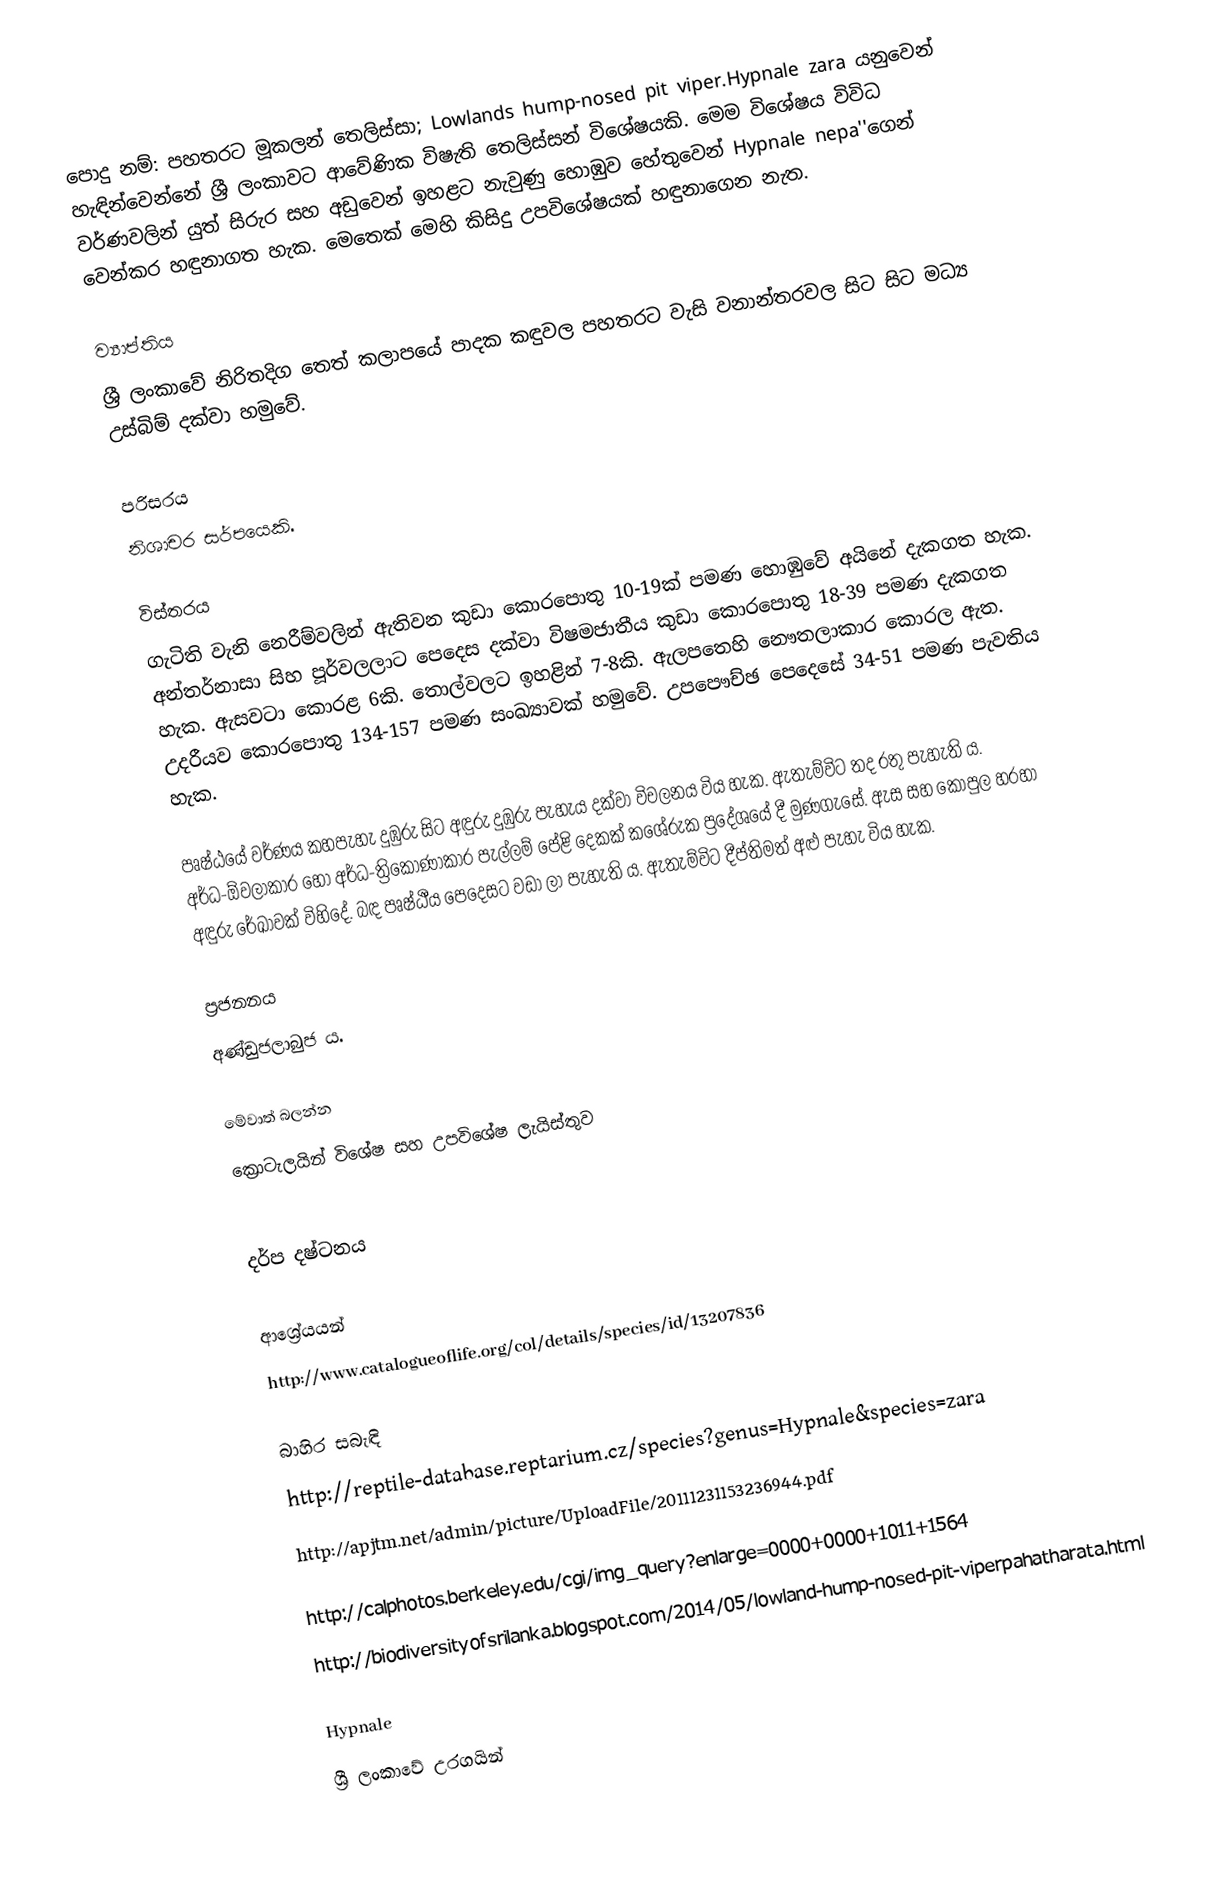
පොදු නම්: පහතරට මූකලන් තෙලිස්සා; Lowlands hump-nosed pit viper.Hypnale zara යනුවෙන් හැඳින්වෙන්නේ ශ්‍රී ලංකාවට ආවේණික විෂැති තෙලිස්සන් විශේෂයකි. මෙම විශේෂය විවිධ වර්ණවලින් යුත් සිරුර සහ අඩුවෙන් ඉහළට නැවුණු හොඹුව හේතුවෙන් Hypnale nepa''ගෙන් වෙන්කර හඳුනාගත හැක. මෙතෙක් මෙහි කිසිදු උපවිශේෂයක් හඳුනාගෙන නැත.

ව්‍යාප්තිය
ශ්‍රී ලංකාවේ නිරිතදිග තෙත් කලාපයේ පාදක කඳුවල පහතරට වැසි වනාන්තරවල සිට සිට මධ්‍ය උස්බිම් දක්වා හමුවේ‍.

පරිසරය
නිශාචර සර්පයෙකි.

විස්තරය
ගැටිති වැනි නෙරීම්වලින් ඇතිවන කුඩා කොරපොතු 10-19ක් පමණ හොඹුවේ අයිනේ දැකගත හැක. අන්තර්නාසා සිහ පූර්වලලාට පෙදෙස දක්වා විෂමජාතීය කුඩා කොරපොතු 18-39 පමණ දැකගත හැක. ඇසවටා කොරළ 6කි. තොල්වලට ඉහළින් 7-8කි. ඇලපතෙහි නෞතලාකාර කොරල ඇත. උදරීයව කොරපොතු 134-157 පමණ සංඛ්‍යාවක් හමුවේ. උපපෞච්ඡ පෙදෙසේ 34-51 පමණ පැවතිය හැක.

පෘෂ්ඨයේ වර්ණය කහපැහැ දුඹුරු සිට අඳුරු දුඹුරු පැහැය දක්වා විචලනය විය හැක. ඇතැම්විට තද රතු පැහැති ය. අර්ධ-ඕවලාකාර හෝ අර්ධ-ත්‍රිකෝණාකාර පැල්ලම් පේළි දෙකක් කශේරුක ප්‍ර‍දේශයේ දී මුණගැසේ. ඇස සහ කොපුල හරහා අඳුරු රේඛාවක් විහිදේ. බඳ පෘෂ්ඨීය පෙදෙසට වඩා ලා පැහැති ය. ඇතැම්විට දීප්තිමත් අළු පැහැ විය හැක.

ප්‍රජනනය
අණ්ඩුජලාබුජ ය.

මේවාත් බලන්න
 ක්‍රොටැලයින් විශේෂ සහ උපවිශේෂ ලැයිස්තුව

 දර්ප දෂ්ටනය

ආශ්‍රේයයන්
 http://www.catalogueoflife.org/col/details/species/id/13207836

බාහිර සබැඳි
 http://reptile-database.reptarium.cz/species?genus=Hypnale&species=zara
 http://apjtm.net/admin/picture/UploadFile/20111231153236944.pdf

 http://calphotos.berkeley.edu/cgi/img_query?enlarge=0000+0000+1011+1564
 http://biodiversityofsrilanka.blogspot.com/2014/05/lowland-hump-nosed-pit-viperpahatharata.html

Hypnale
ශ්‍රී ලංකාවේ උරගයින්